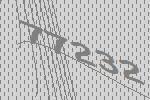
77232